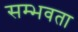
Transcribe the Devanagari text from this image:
सम्भवता